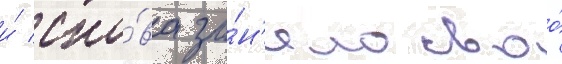
и́ сно́ва за́н'яло своо́